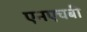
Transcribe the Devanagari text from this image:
एनएचबी